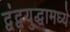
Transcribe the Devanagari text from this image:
द्वंद्वयुद्धामध्ये